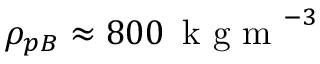
\rho _ { p B } \approx 8 0 0 \, \mathrm { ~ k ~ g ~ m ~ } ^ { - 3 }